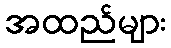
အထည်များ